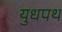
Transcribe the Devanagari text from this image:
युधपथ